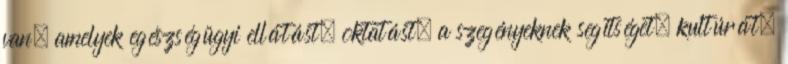
van, amelyek egészségügyi ellátást, oktatást, a szegényeknek segítséget, kultúrát,